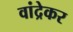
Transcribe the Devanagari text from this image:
वांद्रेकर